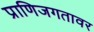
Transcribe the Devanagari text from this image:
प्राणिजगतावर